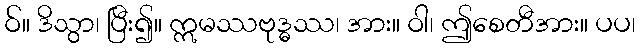
ဝ်။ ဒိသွာ၊ ပြီး၍။ ဣမဿဗုဒ္ဓဿ၊ အား။ ဝါ၊ ဤစေတီအား။ ပပ၊